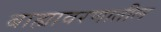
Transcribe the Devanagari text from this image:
बाह्यावरणातील